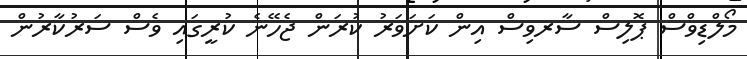
މޯލްޑިވްސް ޕޮލިސް ސާރވިސް އިން ކަށަވަރު ކުރަން ޖެހޭނެ ކުރީގައި ވެސް ސަރުކާރުން